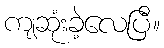
ကျဆုံးခဲ့လေပြီ။